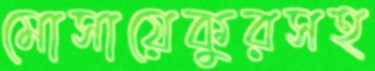
মোসায়েকুরসহ